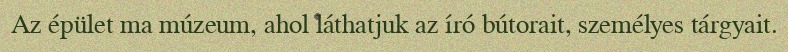
Az épület ma múzeum, ahol láthatjuk az író bútorait, személyes tárgyait.